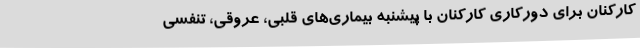
کارکنان برای دورکاری کارکنان با پیشنبه بیماری‌های قلبی، عروقی، تنفسی